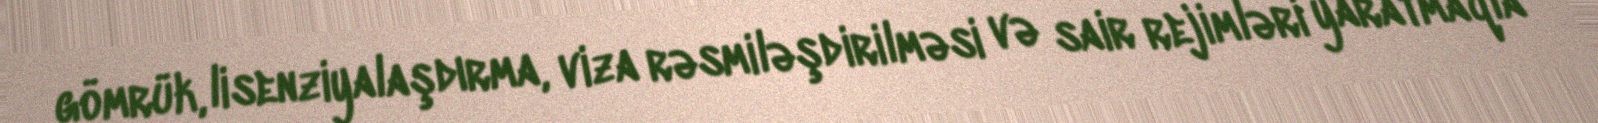
gömrük, lisenziyalaşdırma, viza rəsmiləşdirilməsi və sair rejimləri yaratmaqla